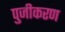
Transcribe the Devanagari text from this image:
पुजीकरण